Vital statistics of India. Vol. V, Reports of 1876 on armies & jails and on epidemic cholera
Year: 1876
Disease focus: Cholera
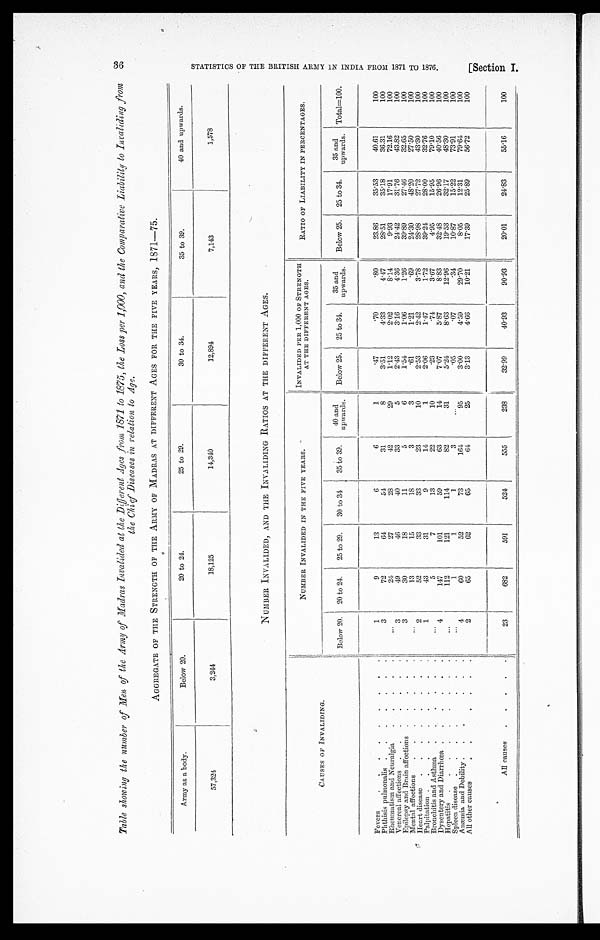
Table showing the number of Men of the Army of Madras Invalided at the Different Ages from 1871 to 1875, the loss per 1,000, and the Comparative Liability to Invaliding from
the Chief Diseases in relation to Age.
AGGREGATE OF THE STRENGTH OF THE ARMY OF MADRAS AT DIFFERENT AGES FOR THE FIVE YEARS, 1871—75.
Army as a body.
Below 20.
20 to 24.
25 to 29.
30 to 34.
35 to 39.
40 and upwards.
57,324
3,244
18,125
14,340
12,894
7,143
1,578
NUMBER INVALIDED, AND THE INVALIDING RATIOS AT THE DIFFERENT AGES.
CAUSES OF INVALIDING.
NUMBER INVALIDED IN THE FIVE YEARS.
INVALIDED PER 1,000 OF STRENGTH
AT THE DIFFERENT AGES.
RATIO OF LIABILITY IN PERCENTAGES.
Below 20.
20 to 24.
25 to 29.
30 to 31
35 to 39.
40 and
upwards.
Below 25.
25 to 34.
35 and
upwards.
Below 25.
25 to 34.
35 and
upwards. Total=100.
Fevers . . .
1
9
13
6
6
1
.47
.70
.80
23.86
35.53
40.61
100
3
72
64
54
31
8
3.51
4.33
4.47
28.51
35.18
36.31
100
Phthisis pulmonalis . . .
. . .
24
27
28
42
29
1.12
2.02
8.14
9.93
17.91
72.16
100
Rheumatism and Neuralgia . . .
3
49
46
40
33
5
2.43
3.16
4.36
24.42
31.76
43.82
100
Venereal affections . . .
3
30
18
11
5
6
1.54
1.06
1.26
39.89
27.46
32.65
100
Epilepsy and Brain affections . . .
. . .
13
15
18
3
3
.61
1.21
.69
24.30
48.20
27.50
100
Mental affections . . .
2
52
33
33
23
10
2.53
2.42
3.78
28.98
27.72
43.30
100
Heart disease . . .
1
43
31
9
14
1
2.06
1.47
1.72
39.24
28.00
32.76
100
Palpitation . . .
. . .
5
7
13
22
10
.23
.74
3.67
4.95
15.95
79.10
100
Bronchitis and Asthma . . .
4
147
101
59
63
14
7.07
5.87
8.83
32.48
26.96
40.56
100
Dysentery and Diarrhœa . . .
. . .
112
121
114
82
31
5.24
8.63
12.96
19.53
32.17
48.30
100
Hepatitis . . .
. . .
1
1
1
3
. . .
.05
.07
.34
10.87
15.22
73.91
100
Spleen disease . . .
4
60
52
73
164
95
3.00
4.59
29.70
8.05
12.31
79.64
100
Anæmia and Debility . . .
2
65
62
65
64
25
3.13
4.66
10.21
17.39
25.89
56.72
100
All other causes . . .
A l l c a u s e s . . .
23
682
591
524
555
238
32.99
40.93
90.93
20.01
24.83
55.16
100
36
K
S T A T I S T I C S O F T H E B R I T I S H A R M Y I N I N D I A F R O M 1 8 7 1 T O 1 8 7 6 .
[ S e c t i on I .